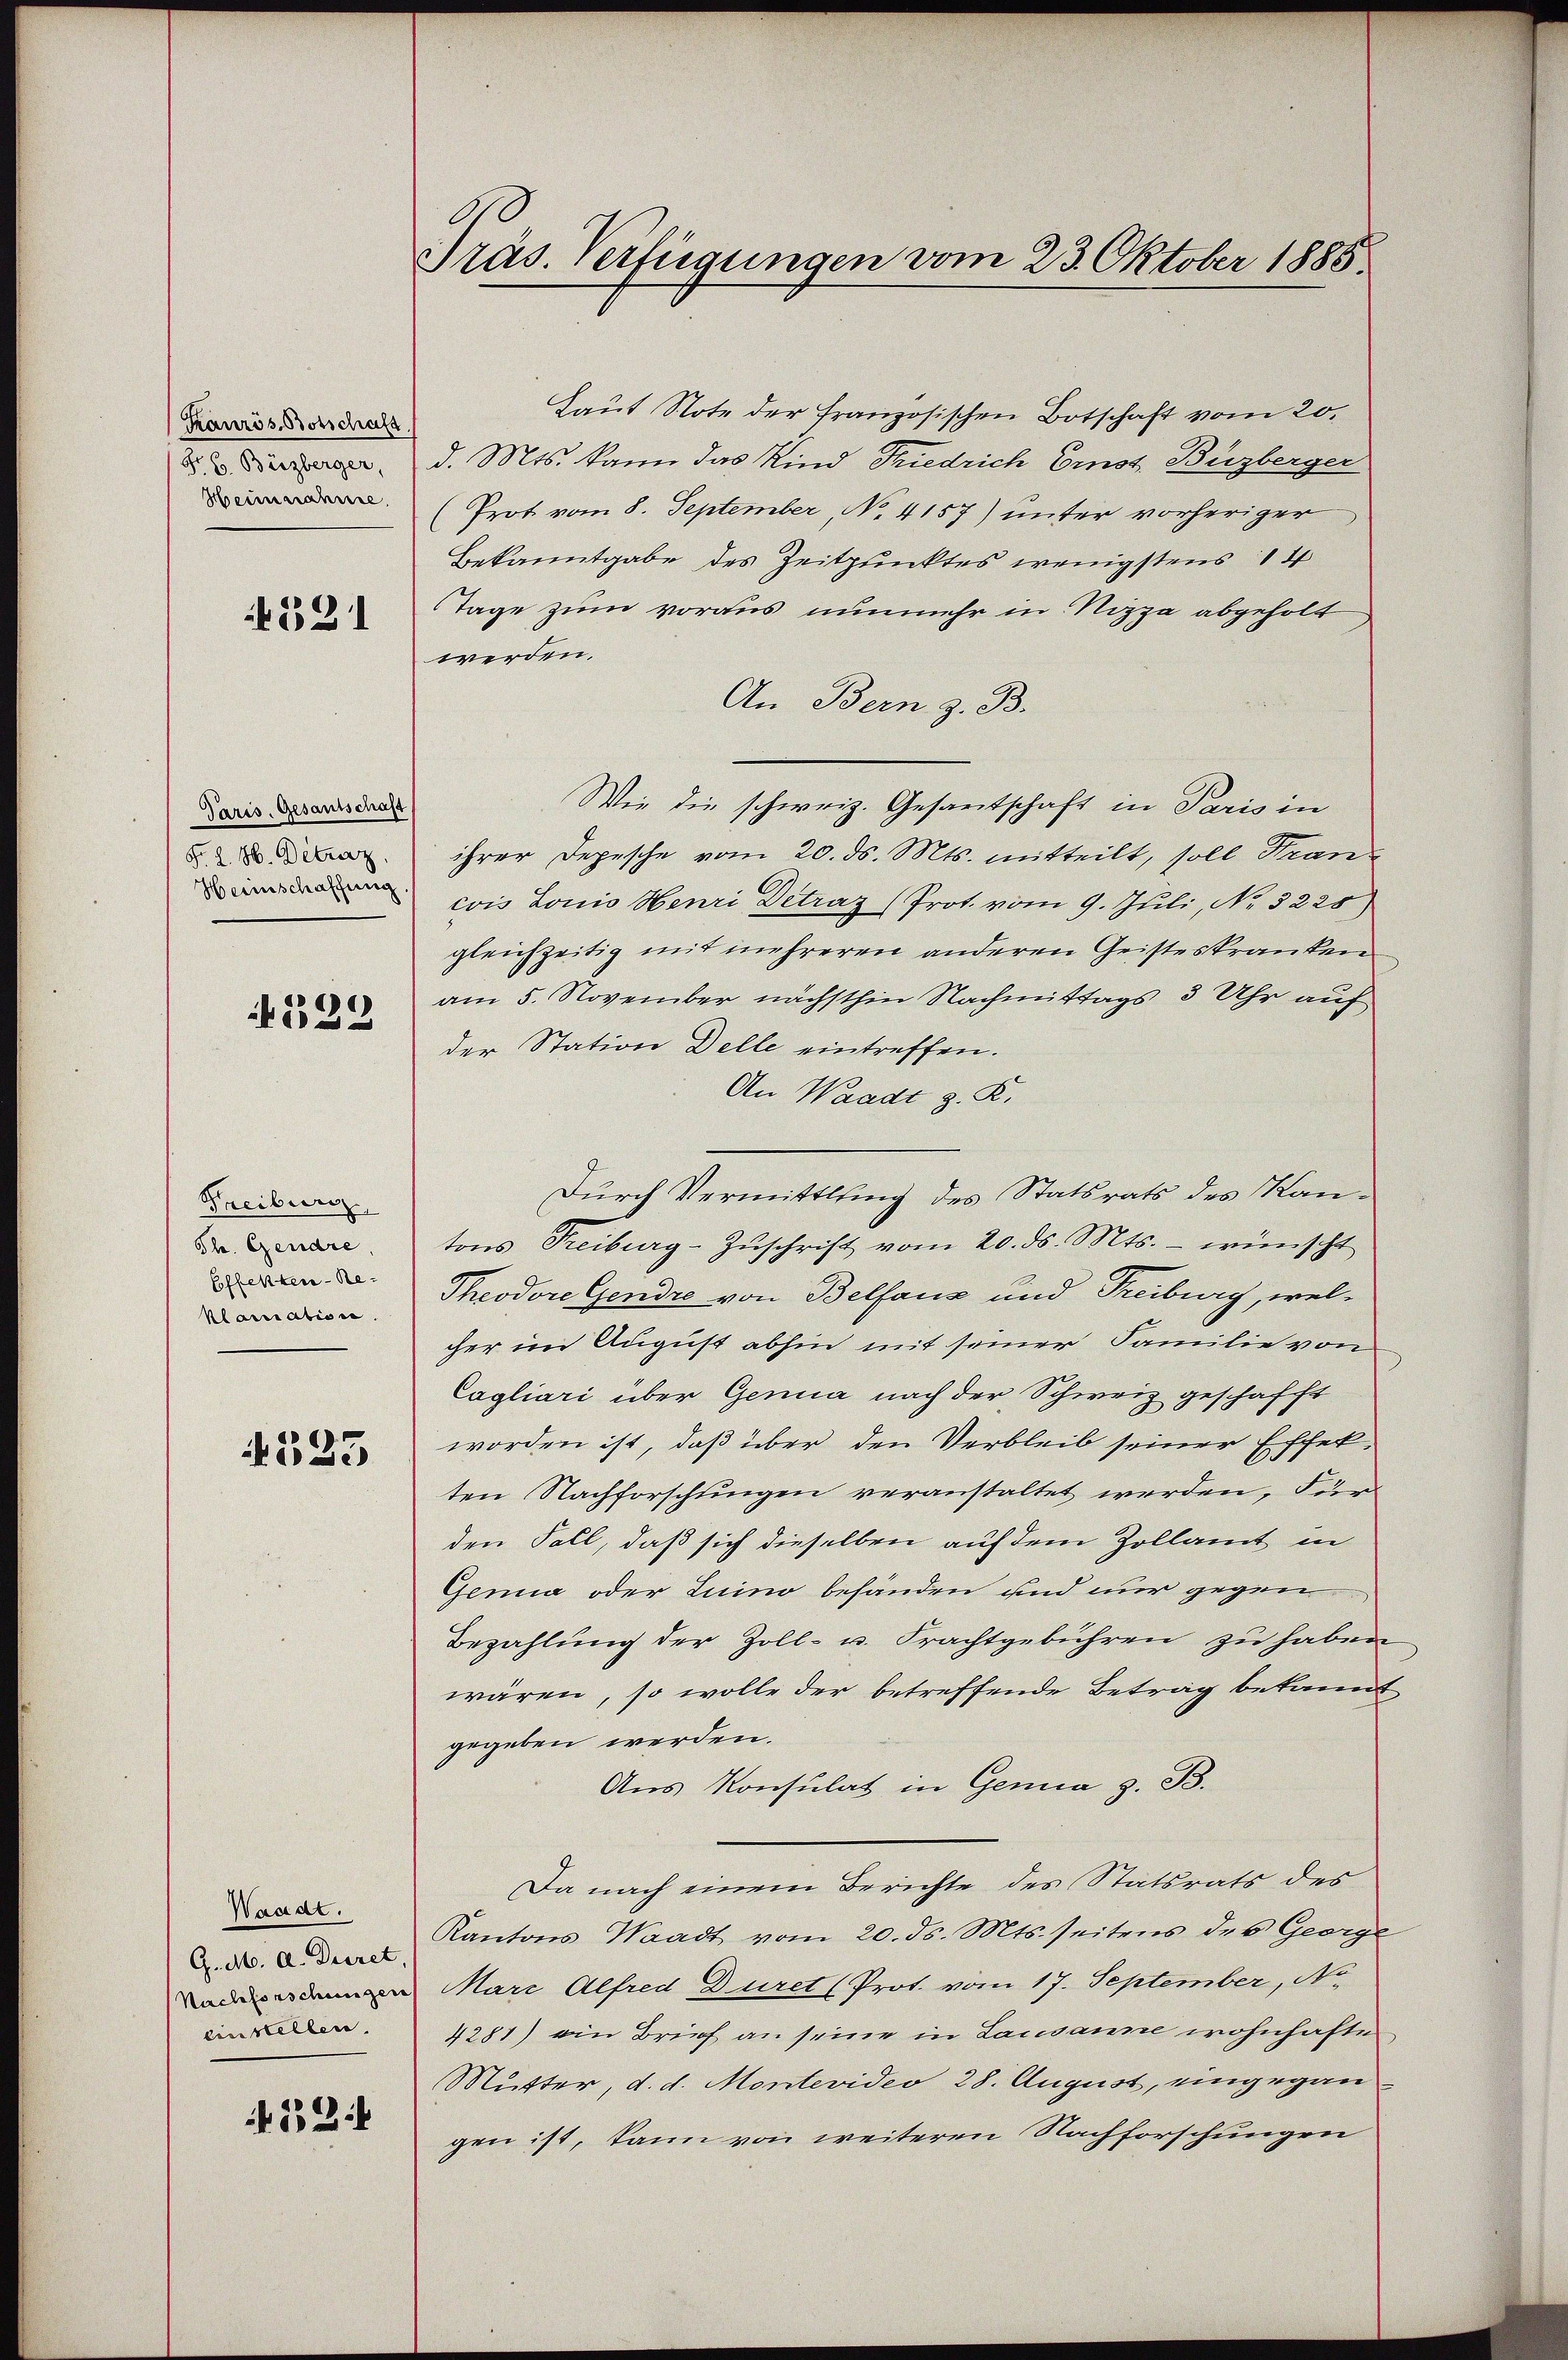
Kanrös. Botschaft
Hr. C. Berzberger,
Heinnahme.

531

Paris, Gesantschaft
F. L. H. Détraz
Heinschaffung

4529

Freiburg,
Ph. Gendre
Effekten-Reklariation.

333

Waadt.
G. M. A. Decret
Nachforschungen
cin selben

N 333

Präs. Verfügungen vom 23. Oktober 1885.

Laut Note der französischen Botschaft vom 20.
d. Mts. kann das Kind Friedrich Ernst. Buzberger
(Prot vom 8. September, No. 4157) unter vorheriger
Bekanntgabe des Zeitpunktes wenigstens 1 4
Tage zum voraus nunmehr in Nizza abgeholt
werden.
An Bern z. B.
Wie die schweiz. Gesantschaft in Paris in
ihrer Depesche vom 20. ds. Mts. mitteilt, soll Strancois Lonio Henri Detraz (Prot. vom 9. Juli, No. 5225)
gleichzeitig mit mehreren anderen Geisteskranken
am 5. November nächsthin Nachmittags 3 Uhr auf
der Station Delle eintreffen.
An Waadt z. R.
Durch Vermittlung des Statsrats des Kantons Treiburg-Zŭschrift vom 20. ds. Mts. - wünscht
Theodore Gendre von Belfanz und Freiburg, welcher im August abhin mit seiner Familie von
Cagliari über Genua nach der Schweiz geschafft
worden ist, daß über den Verbleib seiner Effekten Nachforschlingen veranstaltet werden, Für
den Fall, daß sich dieselben auf dem Zollamt in
Genia oder Luino behänden und nur gegen
Bezahlung der Zoll- u. Frachtgebühren zu haben
wären, so wolle der betreffende Betrag bekannt
gegeben werden.
Aus Konsulat in Genia z. B.
Da nach einem Berichte des Statsrats des
Kantons Waadt vom 20. ds. Mts. seitens des George
Marz Alfred Duret (Prot. vom 17. September, No
4281) ein Brief an seine in Lausanne wohnhafte
Mutter, d. d. Montevideo 28. August, eingegangen ist, kann von weiteren Nachforschungen